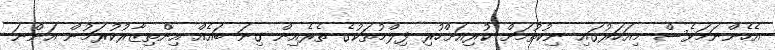
އެހެންނަމަވެސް މިއަހަރުގައި ނިކުތުމަށް ކުރިއަށްހުރި ފިލްމުތަކުގެ ތެރެއިން ގިނަ ބައެއް އިންތިޒާރުކުރަމުން އަންނަ